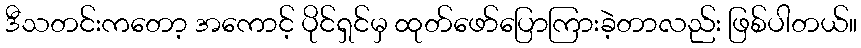
ဒီသတင်းကတော့ အကောင့် ပိုင်ရှင်မှ ထုတ်ဖော်ပြောကြားခဲ့တာလည်း ဖြစ်ပါတယ်။